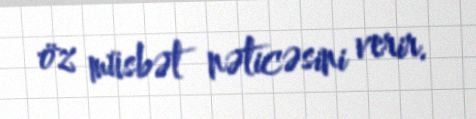
öz müsbət nəticəsini verir.